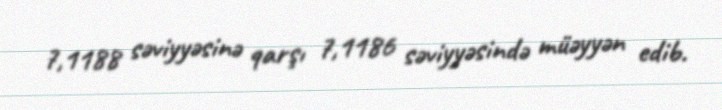
7,1188 səviyyəsinə qarşı 7,1186 səviyyəsində müəyyən edib.